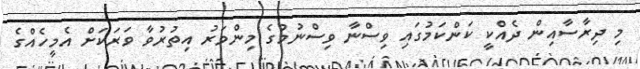
މި ދިރާސާއިން ދެއްކީ ކަންކަމުގައި ވިސްނާ ވިސްނުމުގެ މިންވަރު އިތުރުވާ ވަރަކަށް އެމީހެއްގެ